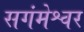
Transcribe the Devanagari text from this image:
सगंमेश्वर